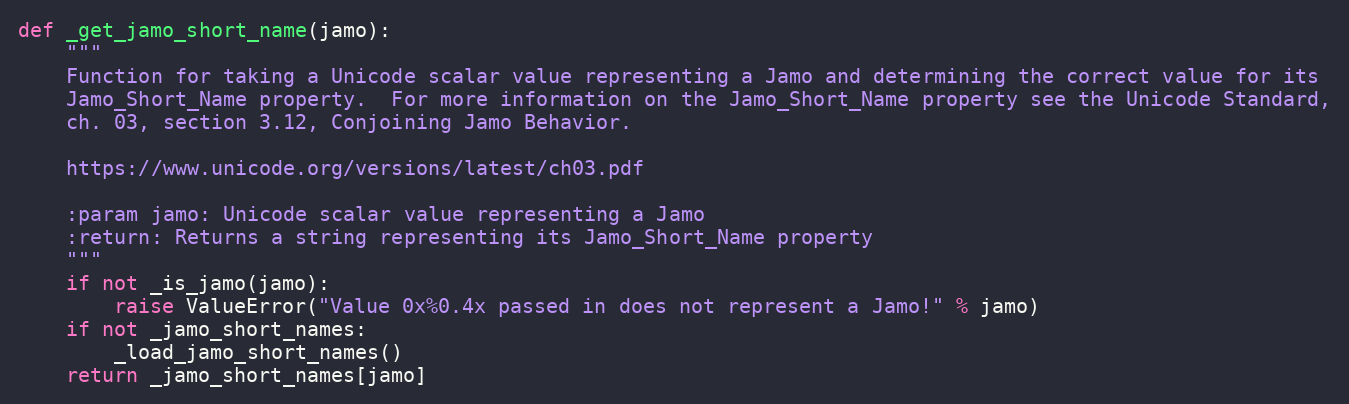
Language: Python
def _get_jamo_short_name(jamo):
    """
    Function for taking a Unicode scalar value representing a Jamo and determining the correct value for its
    Jamo_Short_Name property.  For more information on the Jamo_Short_Name property see the Unicode Standard,
    ch. 03, section 3.12, Conjoining Jamo Behavior.

    https://www.unicode.org/versions/latest/ch03.pdf

    :param jamo: Unicode scalar value representing a Jamo
    :return: Returns a string representing its Jamo_Short_Name property
    """
    if not _is_jamo(jamo):
        raise ValueError("Value 0x%0.4x passed in does not represent a Jamo!" % jamo)
    if not _jamo_short_names:
        _load_jamo_short_names()
    return _jamo_short_names[jamo]